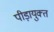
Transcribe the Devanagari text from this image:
पीड़ायुक्‍त